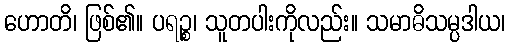
ဟောတိ၊ ဖြစ်၏။ ပရဉ္စ၊ သူတပါးကိုလည်း။ သမာဓိသမ္ပဒါယ၊